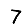
Digit: 7